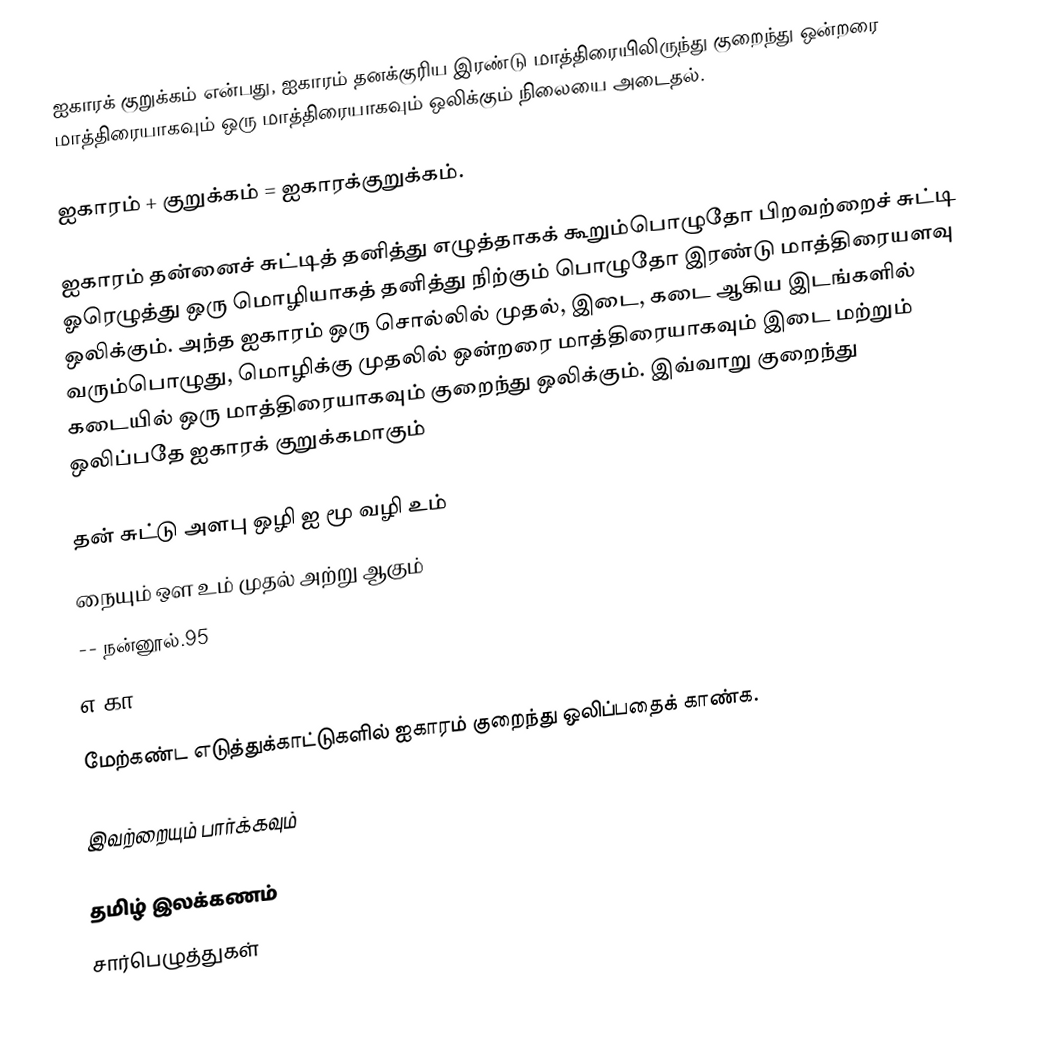
ஐகாரக் குறுக்கம் என்பது,  ஐகாரம் தனக்குரிய இரண்டு மாத்திரையிலிருந்து குறைந்து ஒன்றரை மாத்திரையாகவும் ஒரு மாத்திரையாகவும் ஒலிக்கும் நிலையை அடைதல்.

ஐகாரம் + குறுக்கம் = ஐகாரக்குறுக்கம்.

ஐகாரம் தன்னைச் சுட்டித் தனித்து எழுத்தாகக் கூறும்பொழுதோ பிறவற்றைச் சுட்டி ஓரெழுத்து ஒரு மொழியாகத் தனித்து நிற்கும் பொழுதோ இரண்டு மாத்திரையளவு ஒலிக்கும். அந்த ஐகாரம் ஒரு சொல்லில்  முதல், இடை, கடை ஆகிய இடங்களில் வரும்பொழுது, மொழிக்கு முதலில் ஒன்றரை மாத்திரையாகவும் இடை மற்றும் கடையில் ஒரு மாத்திரையாகவும் குறைந்து ஒலிக்கும். இவ்வாறு குறைந்து ஒலிப்பதே ஐகாரக் குறுக்கமாகும்

 தன் சுட்டு அளபு ஒழி ஐ மூ வழி உம்
 நையும் ஔ உம் முதல் அற்று ஆகும்
                                  -- நன்னூல்.95
எ.கா:

மேற்கண்ட எடுத்துக்காட்டுகளில் ஐகாரம் குறைந்து ஒலிப்பதைக் காண்க.

இவற்றையும் பார்க்கவும்

 தமிழ் இலக்கணம்
சார்பெழுத்துகள்